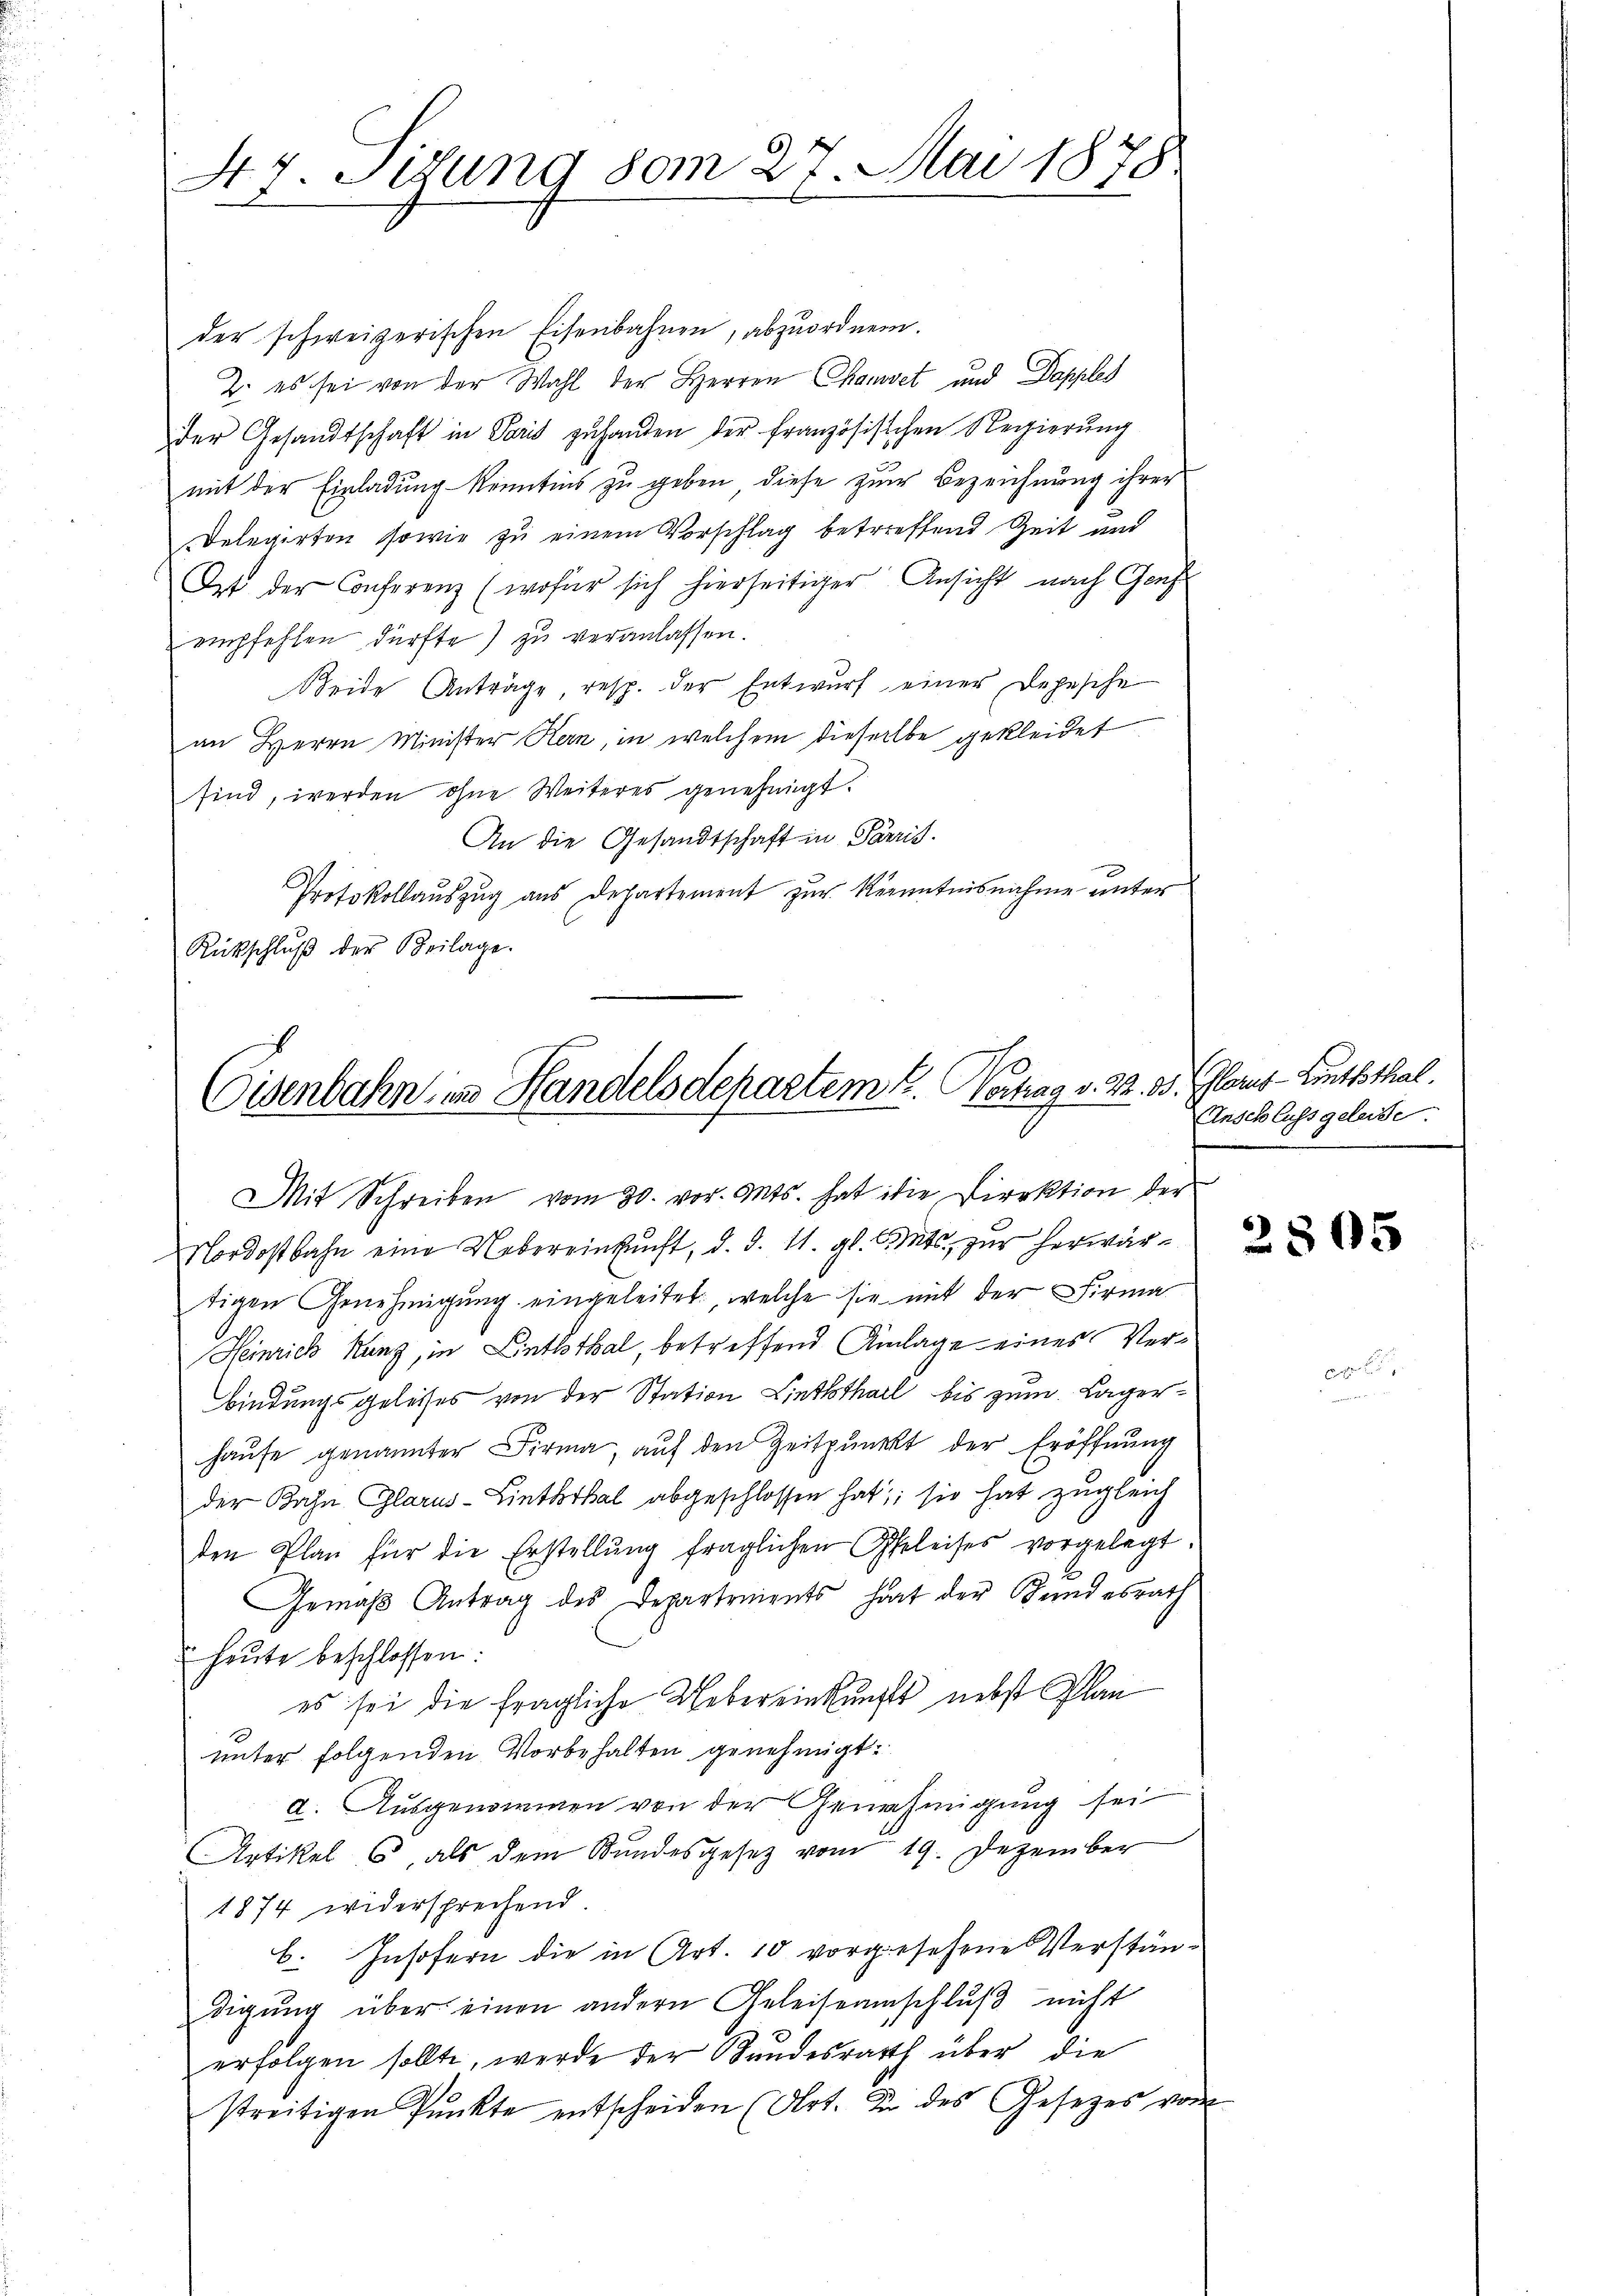
44. Setzung vom 27. Mai 1878

der schweizerischen Eisenbahnen, abzuordnen.
2. es sei von der Wahl der Herren Chanovet und Dapples
der Gesandtschaft in Paris zŭ handen der französischen Regierŭng
mit der Einladung kenntens zu geben diese zur Bezeichnung ihrer
Delegirten sowie zu einem Vorschlag betreffend Zeit und
Ort der Conferenz (wofür sich hierseitiger Ansicht nach Genf
empfehlen dürfte) zu veranlassen.
eide Anträge resp. der Entwurf einer Depesche
an Herrn Minister Kern, in welchem dieselbe gekleidet
sind, werden ohne Weiteres genehmigt.
An die Gesandtschaft in Parris.
Protokollauszug aus Departement zur Kenntnisnahme unter
Rückschluß der Beilage.

Eisenbahn in Handelsdepartem E. Vertrag v. 2. 3.

Mit Schreiben vom 30. vor. Mts. hat ihre Direktion der
Nordostbahn eine Uebereinkunft, d. d. 11. gl. Cts. zur herwärtigen Genehmigung eingeleitet, welche sie mit der Firma
Heinrich Kunz, in Linththal, betreffend Anlage eines Verbindungsgeleises von der Station Linththal bis zum Lagerhause genannter Firma, auf den Zeitpunkt der Eröffnung
der Bahn, Glarus-Linthkal abgeschlossen hat; sie hat zugleich
den Plan für die Erstellŭng fraglichen Geleises vorgelegt.
Gemäß Antrag des Departements hat der Bundesrath
heŭte beschlossen:
es sei die fragliche Uebereinkunft nebst Plan
unter folgenden Vorbehalten genehmigt.
a. Ausgenommen von der Genehmigung sei
Artikel 6, als dem Bundesgesetz vom 19. Dezember
1874 widersprechend.
b. Insofern die in Art. 10 vorgesehene Verstän-
digung über einen andern Geleiseamschluß nicht
erfolgen sollte, werde der Hundesrath über die
streitigen Pŭnkte entscheiden (Art. In des Gesetzes vom

v. Glarus - Linththal.
Anschluss geleide.

2805